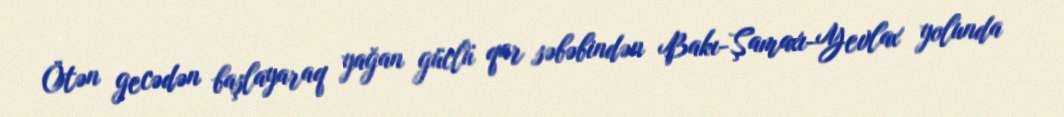
Ötən gecədən başlayaraq yağan güclü qar səbəbindən Bakı-Şamaxı-Yevlax yolunda